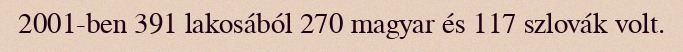
2001-ben 391 lakosából 270 magyar és 117 szlovák volt.